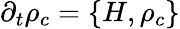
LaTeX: \partial_{t}\rho_{c}=\{ H,\rho_{c}\}